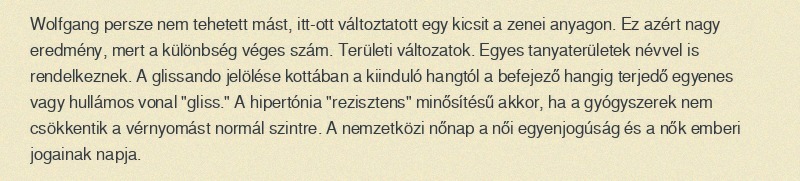
Wolfgang persze nem tehetett mást, itt-ott változtatott egy kicsit a zenei anyagon. Ez azért nagy eredmény, mert a különbség véges szám. Területi változatok. Egyes tanyaterületek névvel is rendelkeznek. A glissando jelölése kottában a kiinduló hangtól a befejező hangig terjedő egyenes vagy hullámos vonal "gliss." A hipertónia "rezisztens" minősítésű akkor, ha a gyógyszerek nem csökkentik a vérnyomást normál szintre. A nemzetközi nőnap a női egyenjogúság és a nők emberi jogainak napja.